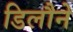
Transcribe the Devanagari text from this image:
डिलौने